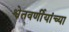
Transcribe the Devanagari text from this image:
श्वेतवर्णीयांच्या